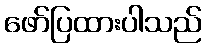
ဖော်ပြထားပါသည်